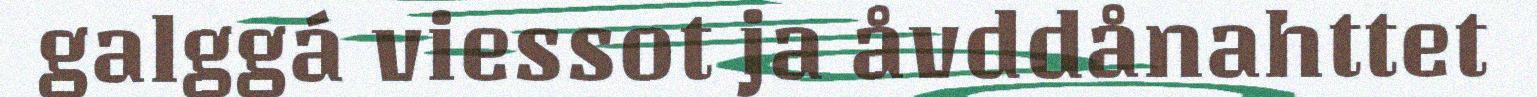
galggá viessot ja åvddånahttet